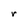
Character: r